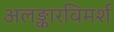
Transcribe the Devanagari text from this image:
अलङ्कारविमर्श